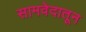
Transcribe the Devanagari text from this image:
सामवेदातून